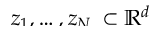
\smash { z _ { 1 } , \ldots , z _ { N _ { s } } \subset \mathbb { R } ^ { d } }